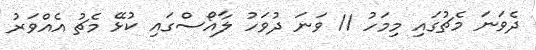
ދެވަނަ މެޗުގައި މިމަހު 11 ވަނަ ދުވަހު ލާއޯސްގައި ކުޅޭ މެޗު އެއްވަރު